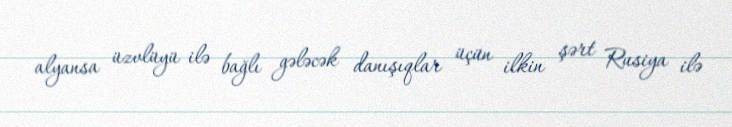
alyansa üzvlüyü ilə bağlı gələcək danışıqlar üçün ilkin şərt Rusiya ilə